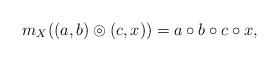
LaTeX: \begin{align*}m_X((a,b)\circledcirc (c,x)) = a\circ b\circ c \circ x,\end{align*}